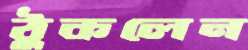
ঠুকলেন